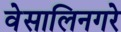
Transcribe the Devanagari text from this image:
वेसालिनगरे